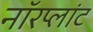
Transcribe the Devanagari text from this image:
नॉरप्लांट